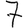
Digit: 7